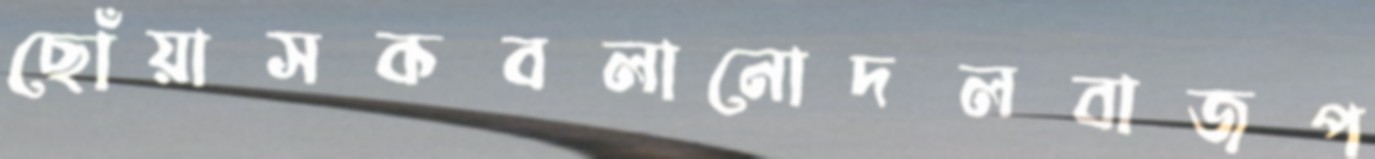
ছোঁয়াসকবলানোদলবাজপ